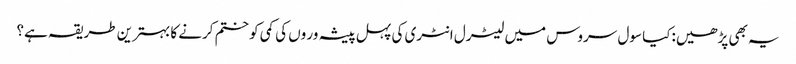
یہ بھی پڑھیں:کیا سول سروس میں لیٹرل انٹری کی پہل پیشہ ور وں کی کمی کو ختم کرنے کا بہترین طریقہ ہے؟